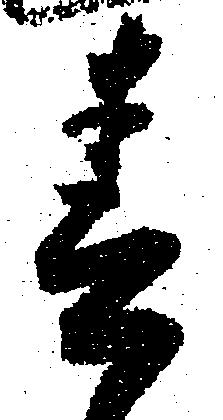
春